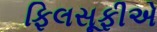
ફિલસૂફીએ